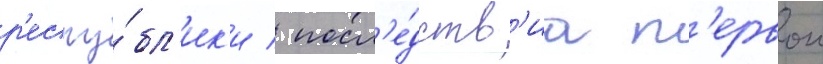
р'еспу́бл'ик'и / посл'е́дств'иа п'ервои